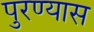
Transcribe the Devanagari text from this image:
पुरण्यास